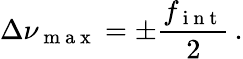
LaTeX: \Delta\nu_{\mathrm{~m~a~x~}}=\pm\frac{f_{\mathrm{~i~n~t~}}}{2}\, .